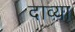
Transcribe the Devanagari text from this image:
दाव्या